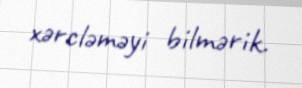
xərcləməyi bilmərik.